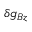
\delta g _ { B z }